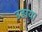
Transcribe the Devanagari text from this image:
उड़ाय।